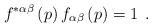
\begin{align*}f^{*\alpha \beta }\left( p\right) f_{\alpha \beta }\left( p\right) =1\;\,.\end{align*}